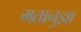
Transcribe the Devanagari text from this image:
मतानुज्ञा